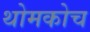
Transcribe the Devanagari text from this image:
थोमकोच